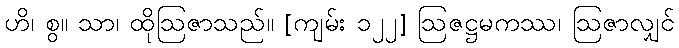
ဟိ၊ စွ။ သာ၊ ထိုဩဇာသည်။ [ကျမ်း ၁၂၂] ဩဇဋ္ဌမကဿ၊ ဩဇာလျှင်